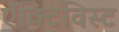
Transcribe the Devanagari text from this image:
ऍक्टिविस्ट